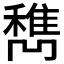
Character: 𰨹